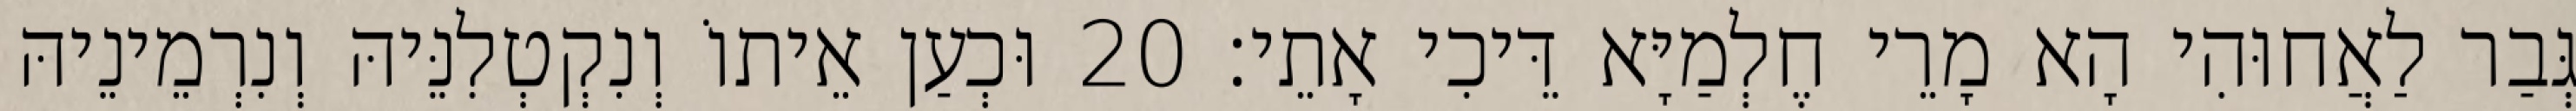
גְּבַר לַאֲחוּהִי הָא מָרֵי חֶלְמַיָּא דֵּיכִי אָתֵי׃ 20 וּכְעַן אֵיתוֹ וְנִקְטְלִנֵּיהּ וְנִרְמֵינֵיהּ